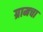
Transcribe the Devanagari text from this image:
ग्रामचा